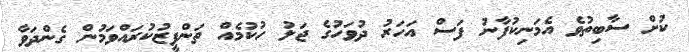
ކުށް ސާބިތުވެ އެމަނިކުފާނު ފަސް އަހަރު ދުވަހުގެ ޖަލު ހުކުމެއް ތަންފީޒުކުރައްވަމުން ގެންދަވާ